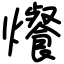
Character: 爘